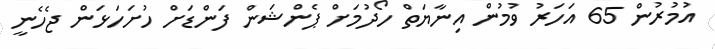
އުމުރުން 65 އަހަރު ވުމުން އިނާޔަތް ހޯދުމަށް ޕެންޝަން ފަންޑަށް ހުށަހަޅަން ޖެހެނީ